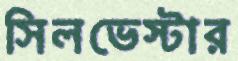
সিলভেস্টার